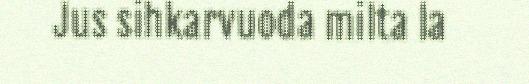
Jus sihkarvuoda milta la